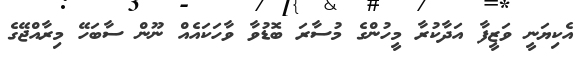
އެކިޔަނީ ވަޒީފާ އަދާކުރާ މީހުންގެ މުސާރަ ބޮޑުވާ ވާހަކައެއް ނޫން ސާބަހޭ މިރާއްޖޭގެ